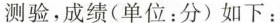
测验,成绩（单位:分）如下：